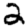
Digit: 2